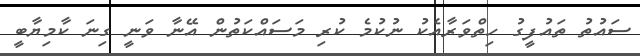
ސައުތު ތައުފީގު ހިތްވަރާއެކު ނުކުމެ ކުރި މަސައްކަތުން އޭނާ ވަނީ ގިނަ ކާމިޔާބީ